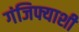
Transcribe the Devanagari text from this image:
गंजिफ्याशी